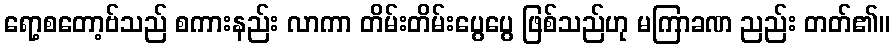
ရော့စတော့ဗ်သည် စကားနည်း လာကာ တိမ်းတိမ်းပွေပွေ ဖြစ်သည်ဟု မကြာခဏ ညည်း တတ်၏။